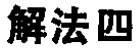
解法四